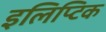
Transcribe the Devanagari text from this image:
इलिप्टिक